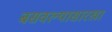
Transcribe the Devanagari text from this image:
बसवल्यासारखा